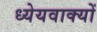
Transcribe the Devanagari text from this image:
ध्येयवाक्यों